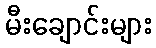
မီးချောင်းများ